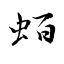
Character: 蛨